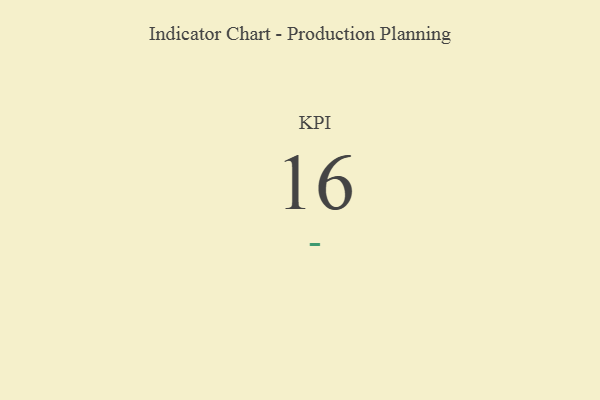
{"axis": {"x": "KPI", "y": "Value"}, "legend": [""], "data": [{"x": "KPI", "y": 16, "type": ""}]}